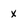
Character: x